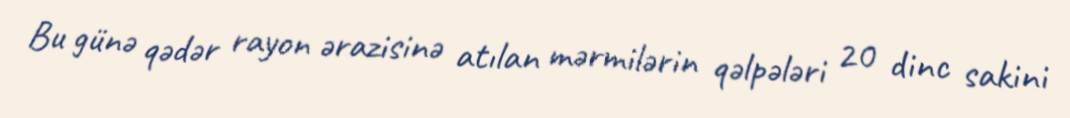
Bu günə qədər rayon ərazisinə atılan mərmilərin qəlpələri 20 dinc sakini